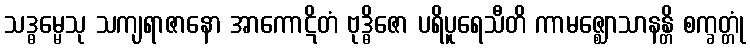
သဒ္ဓမ္မေသု သကျရာဇာနော အာကောဋိတံ ဗုဒ္ဓိဇော ပရိပူရေသီတိ ကာမဇ္ဈောသာနန္တိ စက္ခတ္တုံ